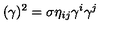
( \gamma ) ^ { 2 } = \sigma \eta _ { i j } \gamma ^ { i } \gamma ^ { j }